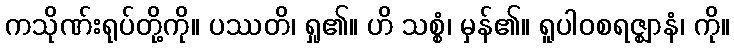
ကသိုဏ်းရုပ်တို့ကို။ ပဿတိ၊ ရှု၏။ ဟိ သစ္စံ၊ မှန်၏။ ရူပါဝစရဇ္ဈာနံ၊ ကို။